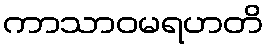
ကာသာဝမရဟတိ